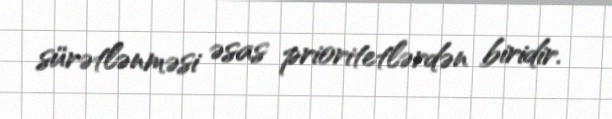
sürətlənməsi əsas prioritetlərdən biridir.